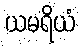
ယမရိယံ